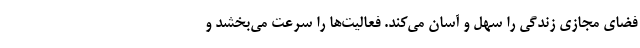
فضای مجازی زندگی را سهل و آسان می‌کند. فعالیت‌ها را سرعت می‌بخشد و